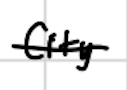
Text: City
Cross-out: single-line
Writing tool: digital_black